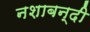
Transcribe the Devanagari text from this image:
नशाबन्दी